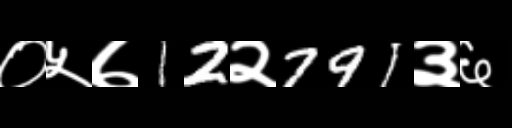
Text: ०५७12२791३६